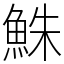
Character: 鮢